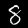
Label: 8